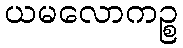
ယမလောကဉ္စ